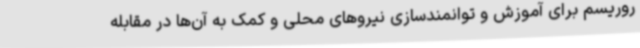
روریسم برای آموزش و توانمندسازی نیروهای محلی و کمک به آن‌ها در مقابله